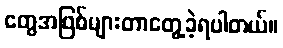
တွေအဖြစ်များတာတွေ့ခဲ့ရပါတယ်။